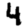
Digit: 4